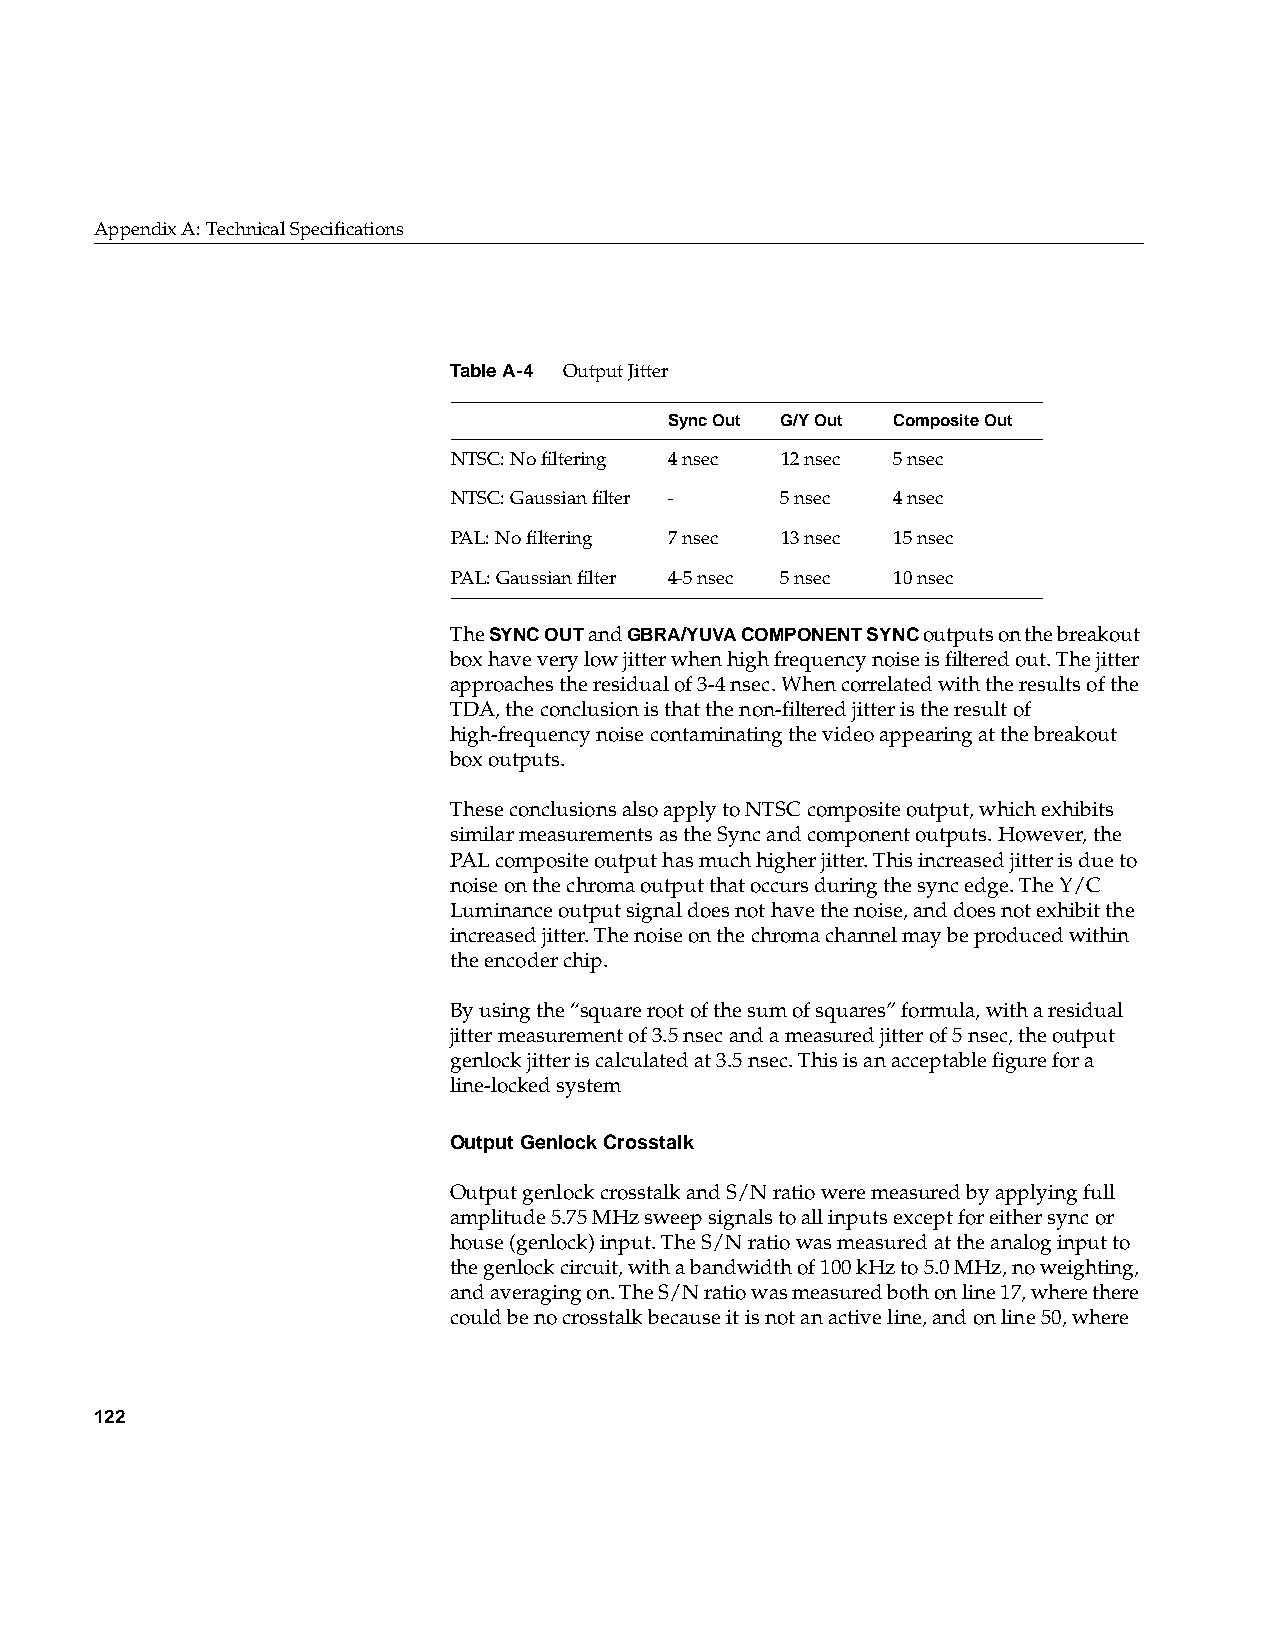
AppendixA: Technical Specifications
 TableA-4 Output Jitter
 Sync Out G/Y Out Composite Out
 NTSC: No filtering 4 nsec 12 nsec 5 nsec
 NTSC: Gaussian filter - 5 nsec 4 nsec
 PAL: No filtering 7 nsec 13 nsec 15 nsec
 PAL: Gaussian filter 4-5 nsec 5 nsec 10 nsec
 TheSYNC OUT andGBRA/YUVA COMPONENT SYNCoutputs on the breakout
 box have very low jitter when high frequency noise is filtered out. The jitter
 approaches the residual of 3-4 nsec. When correlated with the results of the
 TDA, the conclusion is that the non-filtered jitter is the result of
 high-frequency noise contaminating the video appearing at the breakout
 box outputs.
 These conclusions also apply to NTSC composite output, which exhibits
 similar measurements as the Sync and component outputs. However, the
 PAL composite output has much higher jitter. This increased jitter is due to
 noise on the chroma output that occurs during the sync edge. The Y/C
 Luminance output signal does not have the noise, and does not exhibit the
 increased jitter. The noise on the chroma channel may be produced within
 the encoder chip.
 By using the “square root of the sum of squares” formula, with a residual
 jitter measurement of 3.5 nsec and a measured jitter of 5 nsec, the output
 genlock jitter is calculated at 3.5 nsec. This is an acceptable figure for a
 line-locked system
 Output Genlock Crosstalk
 Output genlock crosstalk and S/N ratio were measured by applying full
 amplitude 5.75 MHz sweep signals to all inputs except for either sync or
 house (genlock) input. The S/N ratio was measured at the analog input to
 the genlock circuit, with a bandwidth of 100 kHz to 5.0 MHz, no weighting,
 and averaging on. The S/N ratio was measured both on line 17, where there
 could be no crosstalk because it is not an active line, and on line 50, where
 122